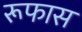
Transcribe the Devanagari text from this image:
रूफास